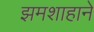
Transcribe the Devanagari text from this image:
झमशाहाने